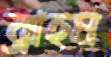
ব্রাহম